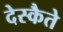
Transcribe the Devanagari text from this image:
देस्कैते